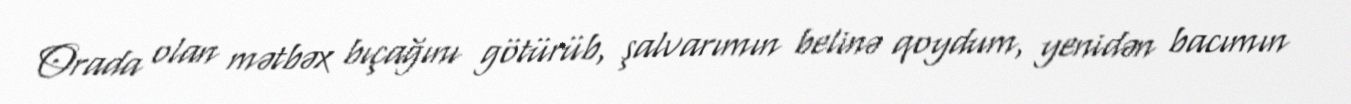
Orada olan mətbəx bıçağını götürüb, şalvarımın belinə qoydum, yenidən bacımın